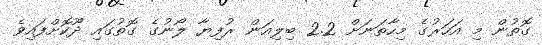
ގޮތުން މި އަހަރުގެ މިހާތަނަށް 2.2 ބިލިއަން ރުފިޔާ ލޯނުގެ ގޮތުގައި ދޫކޮށްފައިވެ